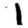
Digit: 1